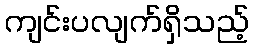
ကျင်းပလျက်ရှိသည့်